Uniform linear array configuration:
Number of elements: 8
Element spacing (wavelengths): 0.5
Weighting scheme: kaiser
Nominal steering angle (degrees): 60
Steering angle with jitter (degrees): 58.901
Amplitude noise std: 0.05
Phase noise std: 0.05

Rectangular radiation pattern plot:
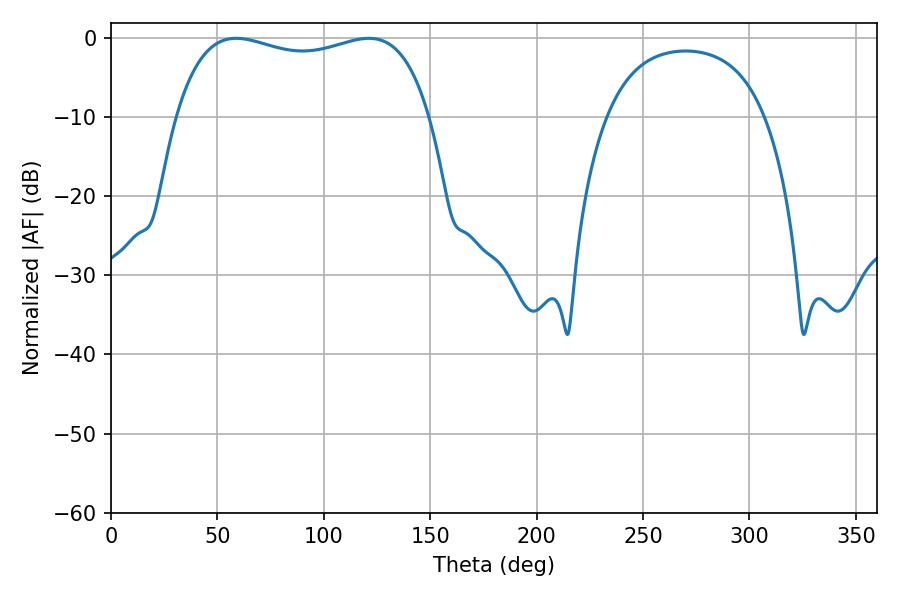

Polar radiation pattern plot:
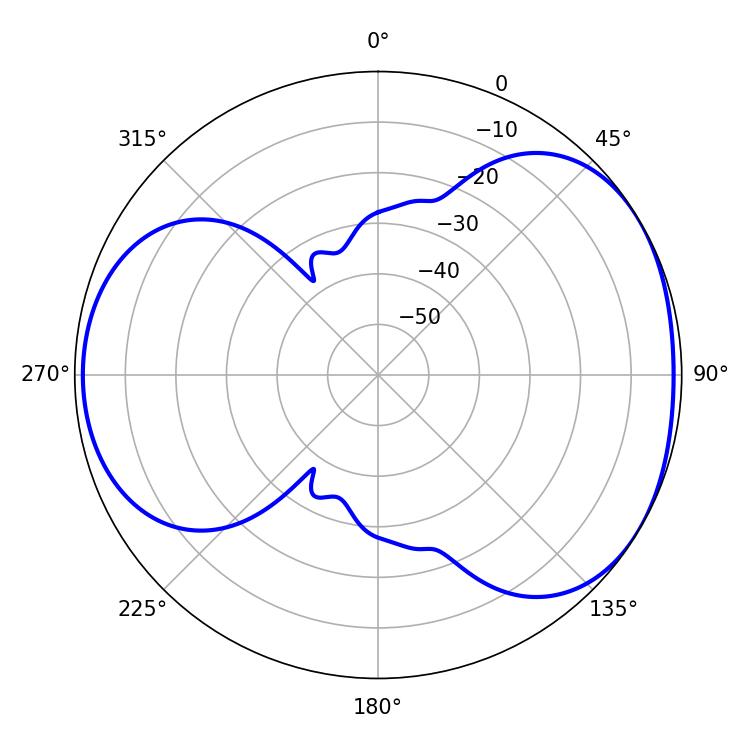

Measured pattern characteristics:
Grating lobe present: FALSE
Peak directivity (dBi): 4.362
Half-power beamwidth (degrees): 97.2
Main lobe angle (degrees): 58.86